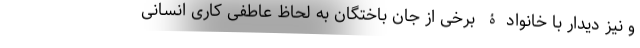
و نیز دیدار با خانوادۀ برخی از جان باختگان به لحاظ عاطفی کاری انسانی